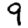
Digit: 9